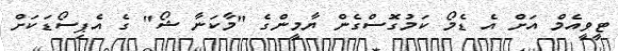
ޓީވީއެމް އަށް އެ ޑެމޯ ކަމުގޮސްގެން ޔާމީންގެ "މާކަނާ ޝޯ" ގެ އެޕިސޯޑަކަށް